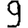
Digit: 9